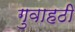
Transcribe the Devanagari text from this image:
गुवाहठी